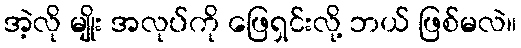
အဲ့လို မျိုး အလုပ်ကို ဖြေရှင်းလို့ ဘယ် ဖြစ်မလဲ။